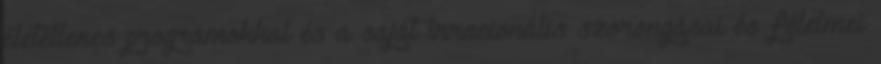
életellenes programokkal és a saját irracionális szorongásai és félelmei